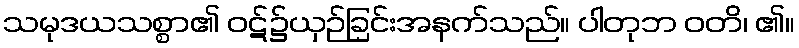
သမုဒယသစ္စာ၏ ဝဋ်၌ယှဉ်ခြင်းအနက်သည်။ ပါတုဘ ဝတိ၊ ၏။